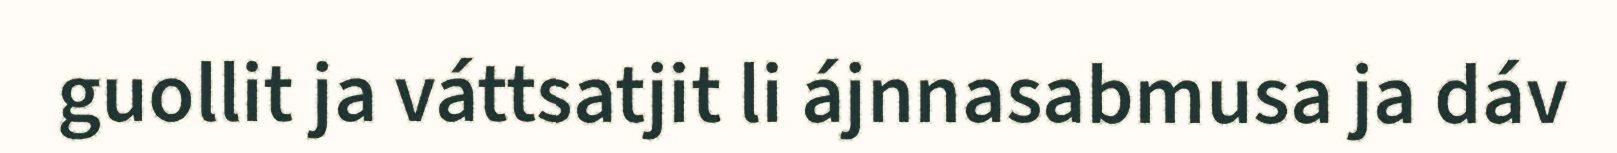
guollit ja váttsatjit li ájnnasabmusa ja dáv